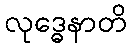
လုဒ္ဓေနာတိ